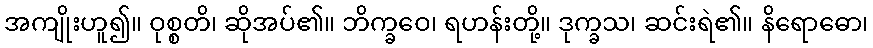
အကျိုးဟူ၍။ ဝုစ္စတိ၊ ဆိုအပ်၏။ ဘိက္ခဝေ၊ ရဟန်းတို့။ ဒုက္ခသ၊ ဆင်းရဲ၏။ နိရောဓော၊